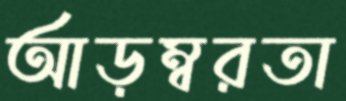
আড়ম্বরতা